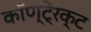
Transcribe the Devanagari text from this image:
कॉण्टे्रक्ट